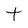
Character: t